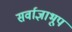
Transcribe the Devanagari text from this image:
सर्वाज्ञाभूप